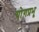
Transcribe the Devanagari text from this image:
योगप्रभू